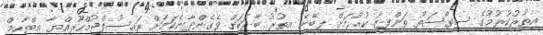
އިތުރުކުރުމުގެ ސިޔާސަތު ތަންފީޒު ކުރުމަށް ލިބޭނެ އިތުރު ބާރަކަށް ވެގެންދާނެކަމަށް ރައީސުލްޖުމްހޫރިއްޔާ އިބްރާހިމް